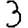
Digit: 3